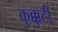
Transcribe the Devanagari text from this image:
कुक्कुटी